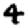
Digit: 4